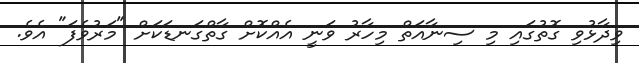
ވިދާޅުވި ގޮތުގައި މި ސިނާއަތް މިހާރު ވަނީ އެއްކޮށް ގާތްގަނޑަކަށް "މަރުވެފަ" އެެވެ.